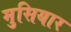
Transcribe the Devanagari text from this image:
मुसियार